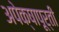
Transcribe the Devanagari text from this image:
अपेक्षापूर्ती